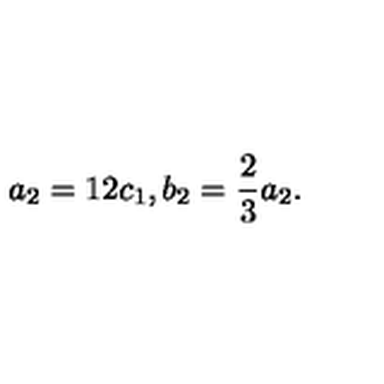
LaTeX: a _ { 2 } = 1 2 c _ { 1 } , b _ { 2 } = \frac { 2 } { 3 } a _ { 2 } .